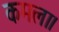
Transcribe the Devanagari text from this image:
कमला।